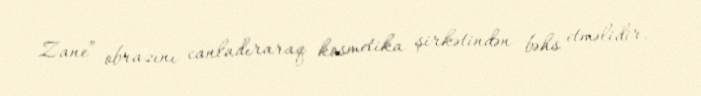
Zane” obrazını canladıraraq kosmetika şirkətindən bəhs etməlidir.